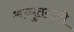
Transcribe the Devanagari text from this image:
अच्युतगामी